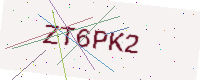
Text: ZT6PK2